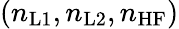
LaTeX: (n_{\mathrm{L1}},n_{\mathrm{L2}},n_{\mathrm{HF}})